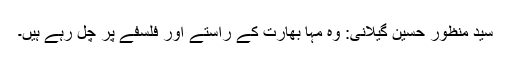
سید منظور حسین گیلانی: وہ مہا بھارت کے راستے اور فلسفے پر چل رہے ہیں۔